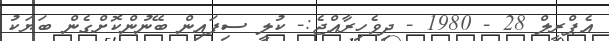
އެޕްރީލް 28 - 1980 - ދިވެހިރާއްޖެ:- ކުލީ ސިފައިން ބޭނުންކޮށްގެން ބަޔަކު